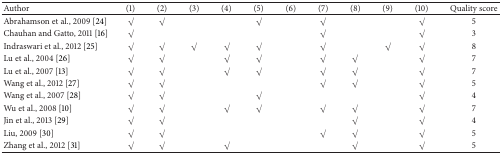
| Author | (1) | (2) | (3) | (4) | (5) | (6) | (7) | (8) | (9) | (10) | Quality score |
 | --- | --- | --- | --- | --- | --- | --- | --- | --- | --- | --- | --- |
 | Abrahamson et al., 2009 [24] | √ | √ |  |  | √ |  | √ |  |  | √ | 5 |
 | Chauhan and Gatto, 2011 [16] | √ |  |  |  |  |  | √ |  |  | √ | 3 |
 | Indraswari et al., 2012 [25] | √ | √ | √ | √ | √ |  | √ |  | √ | √ | 8 |
 | Lu et al., 2004 [26] | √ | √ |  | √ | √ |  | √ | √ |  | √ | 7 |
 | Lu et al., 2007 [13] | √ | √ |  | √ | √ |  | √ | √ |  | √ | 7 |
 | Wang et al., 2012 [27] | √ | √ |  |  |  |  | √ | √ |  | √ | 5 |
 | Wang et al., 2007 [28] | √ | √ |  |  | √ |  |  |  |  | √ | 4 |
 | Wu et al., 2008 [10] | √ | √ |  | √ | √ |  | √ | √ |  | √ | 7 |
 | Jin et al., 2013 [29] | √ | √ |  |  |  |  |  | √ |  | √ | 4 |
 | Liu, 2009 [30] | √ | √ |  |  |  |  | √ | √ |  | √ | 5 |
 | Zhang et al., 2012 [31] | √ | √ |  | √ |  |  |  | √ |  | √ | 5 |